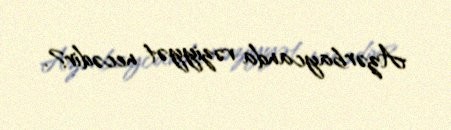
Azərbaycanda vəziyyət necədir?.